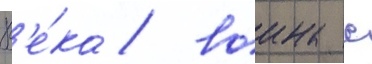
В'е́ка / воина с